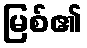
မြစ်၏